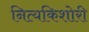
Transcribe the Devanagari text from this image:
नित्यकिशोरी